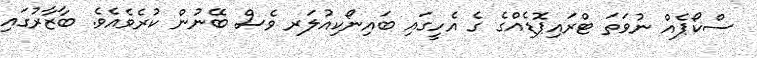
ސްކޯޕެއް ނުވަތަ ޓްރައިޕޮޑެއްގެ ގެ އެހީގައި ބައިނޯކިއުލަރ ވެސް ބޭނުން ކުރެވެއެވެ. ބާޒާރުގައި